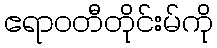
ဧရာဝတီတိုင်းမ်ကို